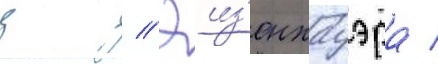
д // Эиз'енхауэра /